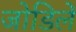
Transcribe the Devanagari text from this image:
जोडिलें